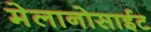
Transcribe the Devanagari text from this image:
मेलानोसाईट